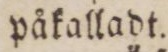
påkalladt.